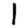
Digit: 1